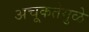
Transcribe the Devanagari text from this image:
अचूकतेमुळे